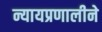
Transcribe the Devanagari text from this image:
न्यायप्रणालीने